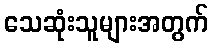
သေဆုံးသူများအတွက်